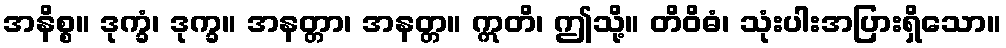
အနိစ္စ။ ဒုက္ခံ၊ ဒုက္ခ။ အနတ္တာ၊ အနတ္တ။ ဣတိ၊ ဤသို့။ တိဝိဓံ၊ သုံးပါးအပြားရှိသော။